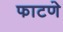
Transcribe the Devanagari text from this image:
फाटणे